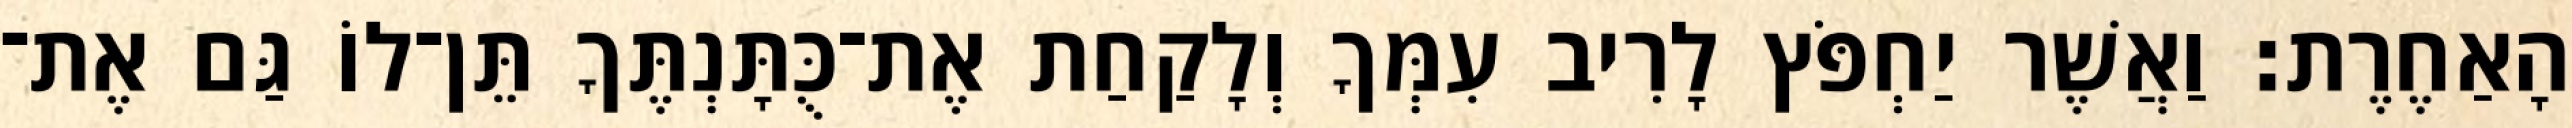
הָאַחֶרֶת׃ וַאֲשֶׁר יַחְפֹּץ לָרִיב עִמְּךָ וְלָקַחַת אֶת־כֻּתָּנְתֶּךָ תֵּן־לוֹ גַּם אֶת־